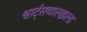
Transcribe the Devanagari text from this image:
श्वार्ट्सचालइल्ड